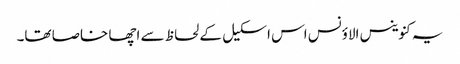
یہ کنوینس الاؤنس اس اسکیل کے لحاظ سے اچھا خاصا تھا۔